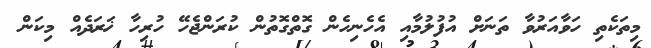
މިތަކެތި ހަވާއަރުވާ ތަނަށް އުފުލުމާއި އެހެނިހެން ގޮތްގޮތުން ކުރަންޖެހޭ ހުރިހާ ޚަރަދެއް މިކަން